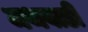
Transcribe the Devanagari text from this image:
मथवाडी